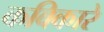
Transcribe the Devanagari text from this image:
कविकारे